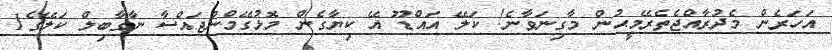
އަހަރެން މެދުރާއްޖެތެރޭމީޙުން މާގިނަވާނެ! ކަލޭ އައްޑޫ އޭ ކިޔާގެން މޮޅުގޭމްނުޖައްސާ ނާގާބިލް ކަލޭގެ1